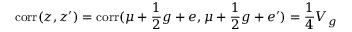
\mathrm { c o r r } ( z , z ^ { \prime } ) = \mathrm { c o r r } ( \mu + { \frac { 1 } { 2 } } g + e , \mu + { \frac { 1 } { 2 } } g + e ^ { \prime } ) = { \frac { 1 } { 4 } } V _ { g }